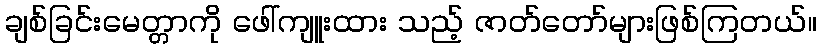
ချစ်ခြင်းမေတ္တာကို ဖေါ်ကျူးထား သည့် ဇာတ်တော်များဖြစ်ကြတယ်။